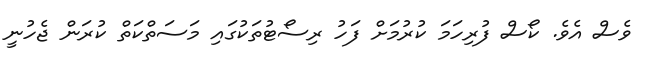
ވެސް އެވެ. ކޯސް ފުރިހަމަ ކުރުމަށް ފަހު ރިސޯޓުތަކުގައި މަސަތްކަތް ކުރަން ޖެހުނީ